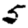
Digit: 5